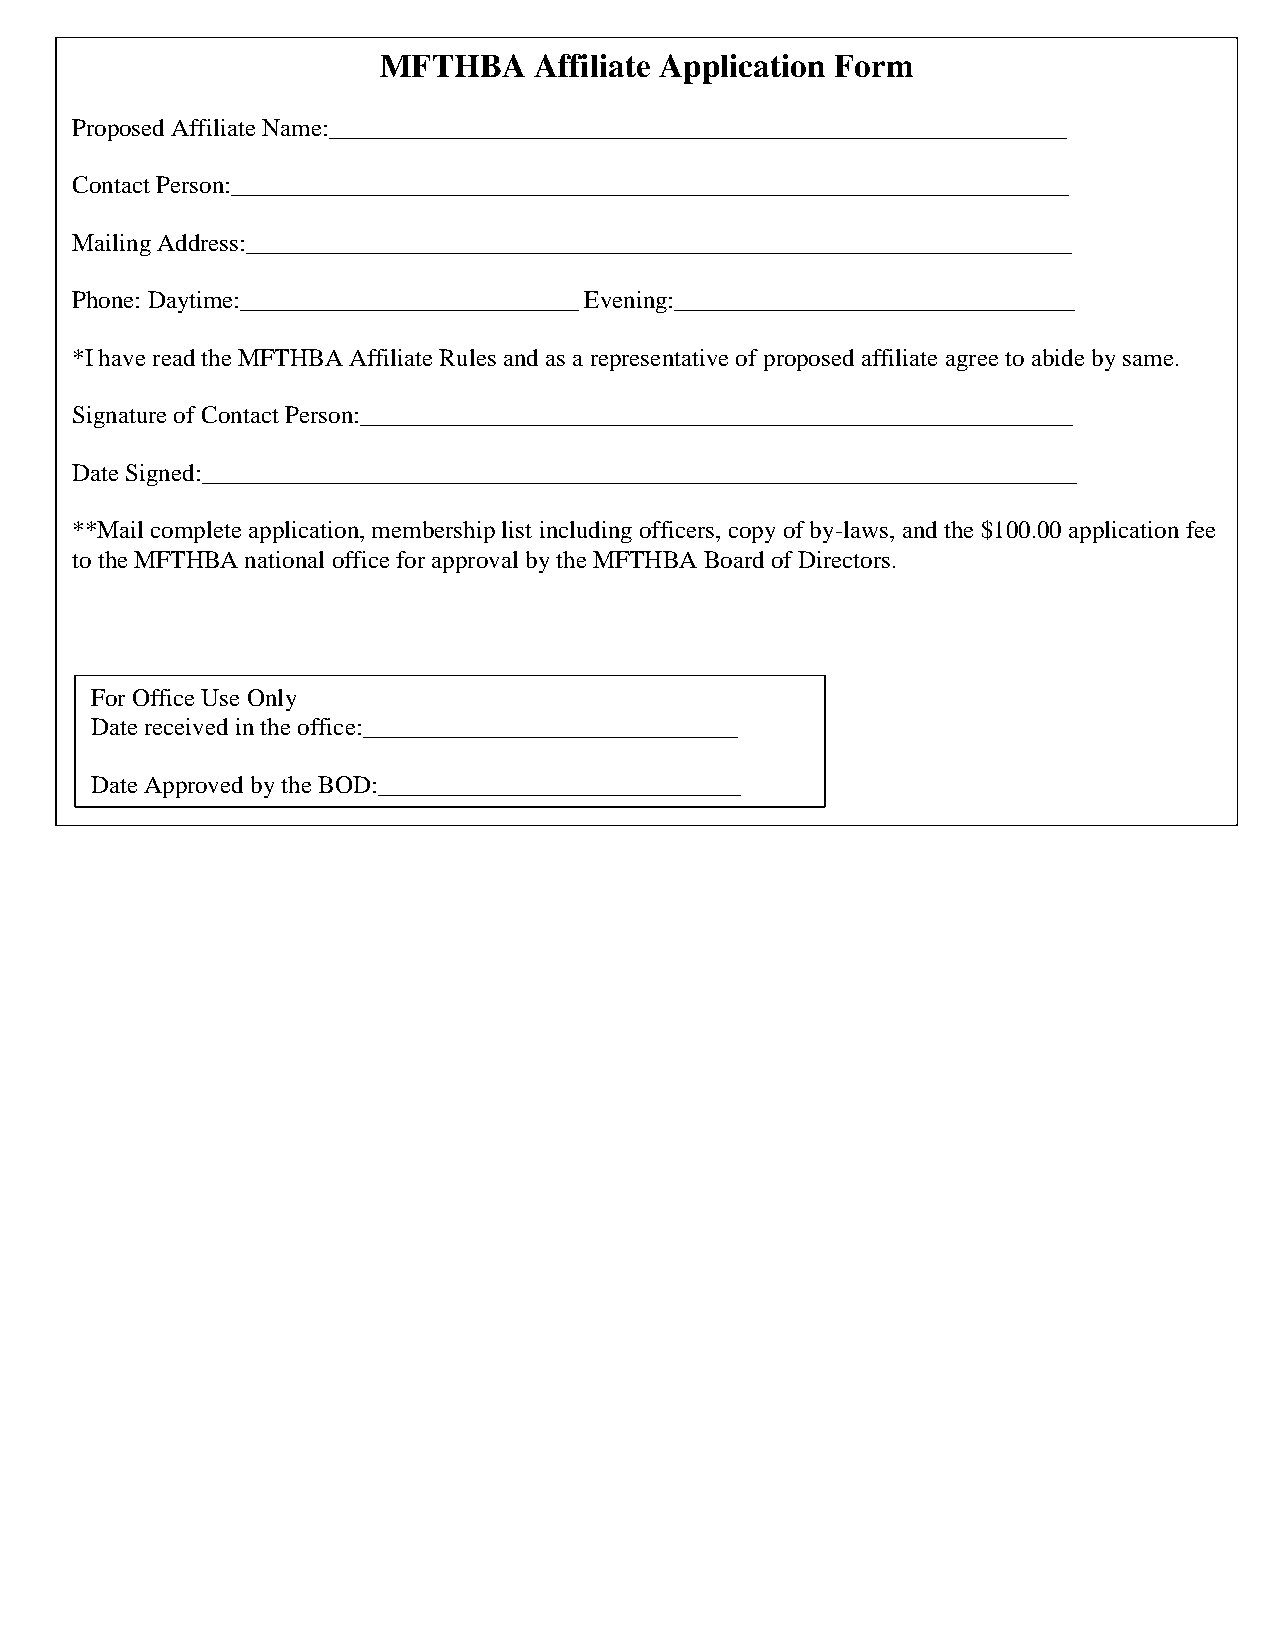
MFTHBA    Affiliate Application Form
 Proposed Affiliate Name:___________________________________________________________
 Contact Person:___________________________________________________________________
 Mailing Address:__________________________________________________________________
 Phone: Daytime:___________________________ Evening:________________________________
 *I have read the MFTHBA Affiliate Rules and as a representative of proposed affiliate agree to abide by same.
 Signature of Contact Person:_________________________________________________________
 Date Signed:______________________________________________________________________
 **Mail complete application, membership list including officers, copy of by-laws, and the $100.00 application fee
 to the MFTHBA national office for approval by the MFTHBA Board of Directors.
 For Office Use Only
 Date received in the office:______________________________
 Date Approved by the BOD:_____________________________